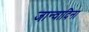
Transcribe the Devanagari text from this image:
जान्वादिना